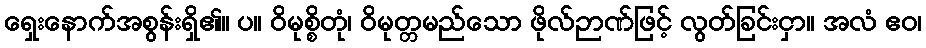
ရှေးနောက်အစွန်းရှိ၏။ ပ။ ဝိမုစ္စိတုံ၊ ဝိမုတ္တမည်သော ဖိုလ်ဉာဏ်ဖြင့် လွတ်ခြင်းငှာ။ အလံ ဧဝ၊